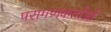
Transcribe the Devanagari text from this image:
परागणकर्ताओं